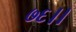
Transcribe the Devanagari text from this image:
७६।।